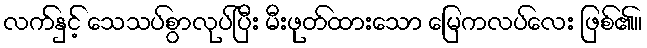
လက်နှင့် သေသပ်စွာလုပ်ပြီး မီးဖုတ်ထားသော မြေကလပ်လေး ဖြစ်၏။